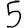
Digit: 5